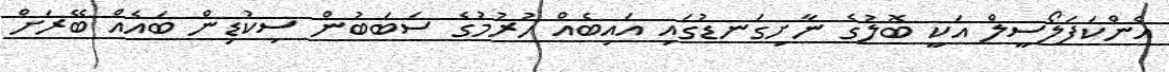
އެންކަފަލޯސީލް އަކީ ބޮލުގެ ނާށިގަނޑުގައި އައިބެއް ހުރުމުގެ ސަބަބުން ސިކުޑިން ބައެއް ބޭރަށް